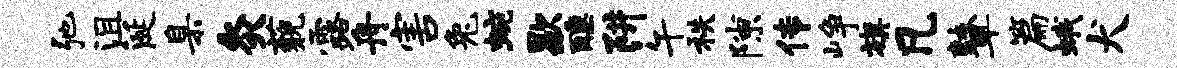
弛沮涎臬灸藐露舟害兔蜿歇醺阱午秩隙传峥旗凡鼙篇蛾犬